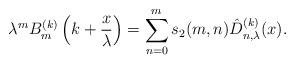
LaTeX: \begin{align*} \lambda^m B_m^{(k) } \left(k+\frac{x}{\lambda}\right)= \sum_{n=0}^m s_2 (m,n) \hat{D}_{n,\lambda}^{(k)} (x).\end{align*}